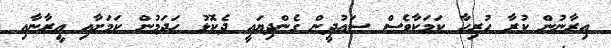
އިރާނުން ކުރާ ހުރިހާ ކަމަކާވެސް ސައުދީން ގެންދިޔައީ ދެކޮޅު ހަދަމުން ކަމަށާއި އީރާނާއި